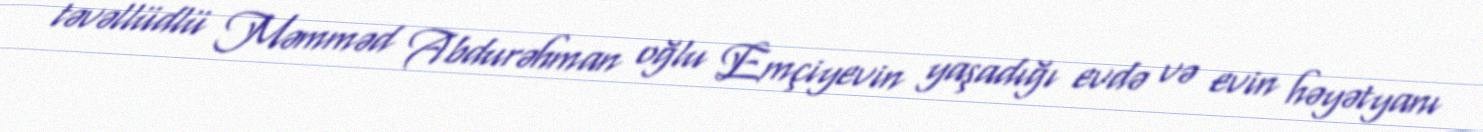
təvəllüdlü Məmməd Abdurəhman oğlu Emçiyevin yaşadığı evdə və evin həyətyanı